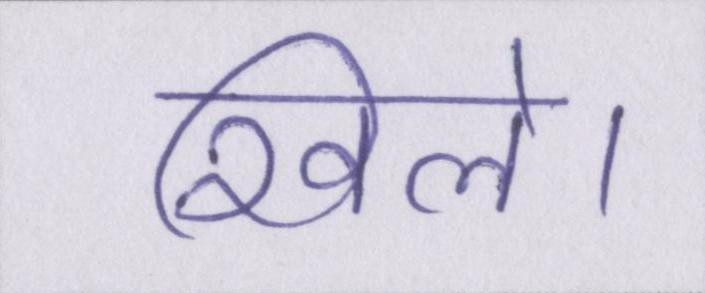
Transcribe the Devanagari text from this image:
खिले।